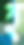
হ